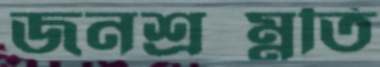
জনশ্রম্নতি